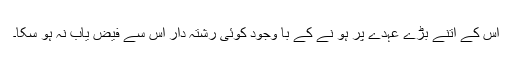
اُس کے اتنے بڑے عہدے پر ہو نے کے با وجود کوئی رشتہ دار اس سے فیض یاب نہ ہو سکا۔